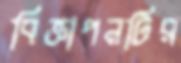
বিজ্ঞাপনটির